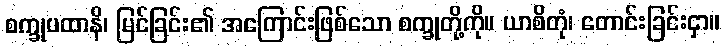
စက္ခုပထာနိ၊ မြင်ခြင်း၏ အကြောင်းဖြစ်သော စက္ခုတို့ကို။ ယာစိတုံ၊ တောင်းခြင်းငှာ။